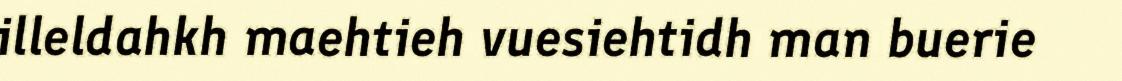
illeldahkh maehtieh vuesiehtidh man buerie